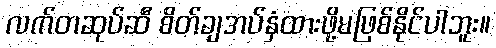
လက်တဆုပ်ဆီ စိတ်ချအပ်နှံထားဖို့မဖြစ်နိုင်ပါဘူး။